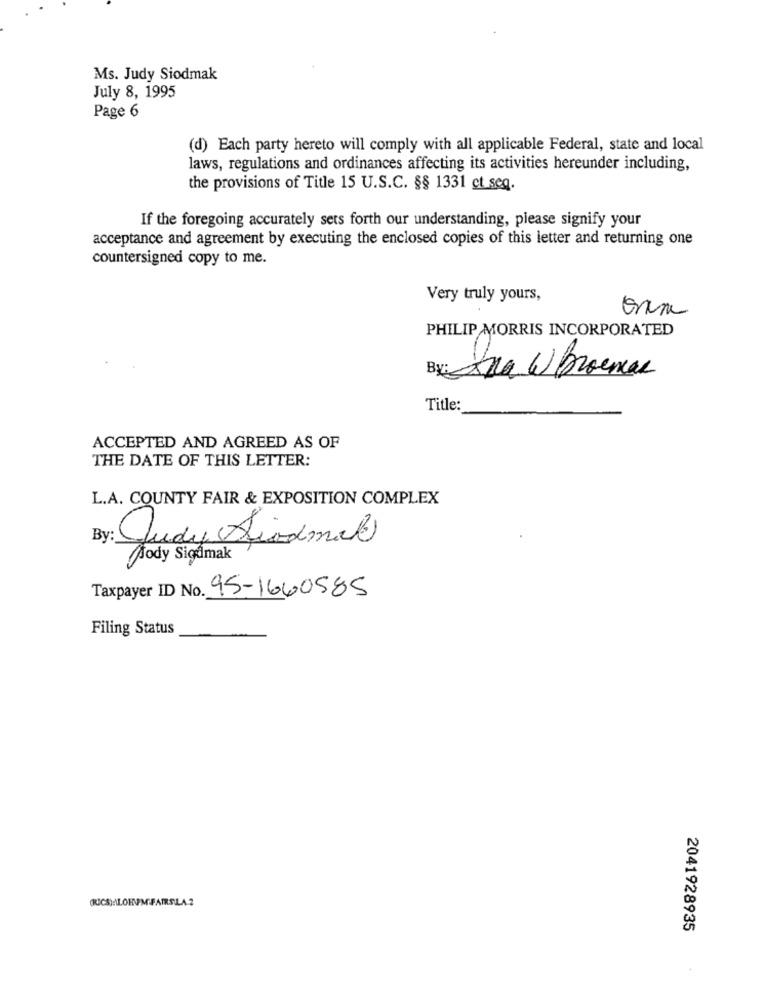
Ms. Judy Siodmak
July 8, 1995
Page 6
(d) Each party hereto will comply with all applicable Federal, state and local
laws, regulations and ordinances affecting its activities hereunder including,
the provisions of Title 15 U.S.C. §§ 1331 et seq.
If the foregoing accurately sets forth our understanding, please signify your
acceptance and agreement by executing the enclosed copies of this letter and returning one
countersigned copy to me.
Very truly yours,
PHILIP MORRIS INCORPORATED
By: Ana W Broencas
Title:
ACCEPTED AND AGREED AS OF
THE DATE OF THIS LETTER:
L.A. COUNTY FAIR & EXPOSITION COMPLEX
By:
Judy Siodmak)
Sody Sigalmak
Taxpayer ID No. 95-1660585
Filing Status
2041928935